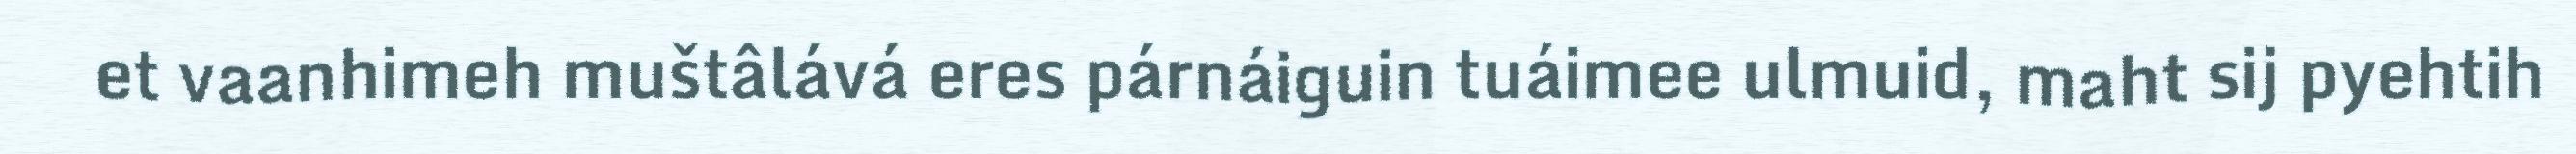
et vaanhimeh muštâlává eres párnáiguin tuáimee ulmuid, maht sij pyehtih